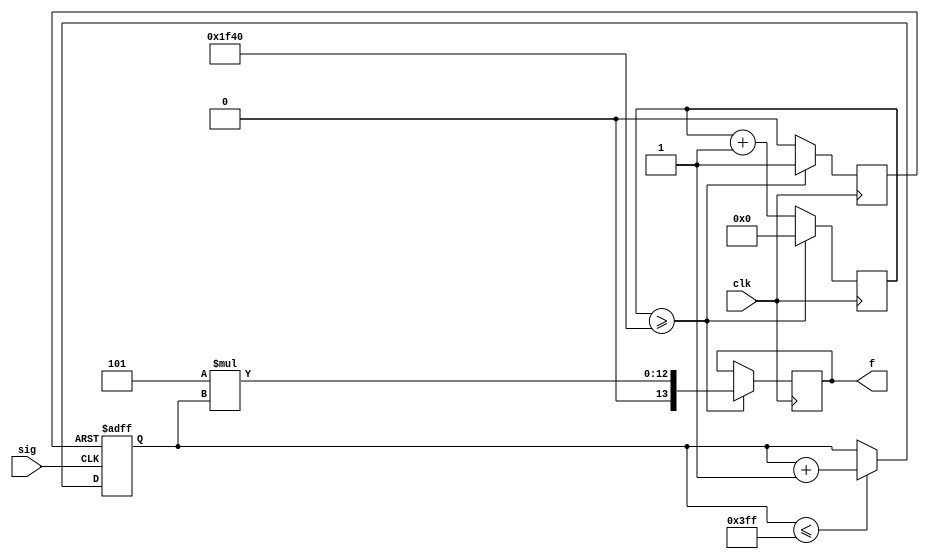
module fcounter(clk, sig, f);
/*
	This module implements a frequency counter.  It has the same module signature as counter.v, which implements a period counter with inversion to give the frequency counter.
	The frequency counter counts edges of the RF signal input in a register, and gates this counting with a fixed time period as measured by counting of clock edges.  The +- count error of this scheme is associated with the RF signal, as opposed to the clock, so when the RF signal is slower than the clock, the period counter will have a smaller error for the same measurement time (i.e. a longer measurement time would be needed with the frequency counter, so that the error is reduced by averaging, in order to achieve the same error from the period counter).

PARAMETER SELECTION:
F_rf = #cnts/time period +-1 / (time period)
 => error= +- 1/time period = 500 Hz = acceptable error
=> time period = 1/500 Hz = 0.002 s

With 4 MHz clock => 2E-3*4E6=8E3 clock posedges count in time period.

Ted Golfinopoulos, 25 Oct 2011
*/

`define CLK_COUNTER_SIZE 14 //Number of bits in clock edge counter.
`define SIG_COUNTER_SIZE 10 //Number of bits in signal edge counter.

input clk, sig;
output reg [13:0] f; //Allows frequency count up to 819.2 kHz.

reg [13:0] n_clk; //Counter for clock positive edges.
reg [9:0] n_sig; //Counter for signal positive edges.
reg reset; //Reset flag set every NUM_CNTS_AVG clock cycles to re-compute frequency and restart counters.

parameter F_CLK=40000; //Clock frequency in HUNDREDS OF Hz.
parameter ERR=5; //Allowable frequency measurement error, HUNDREDS OF Hz.
parameter NUM_CNTS_AVG=F_CLK/ERR; //Number of clock edge counts required such that averaging reduces +-1 count error to acceptable levels.
parameter F_SCALE=ERR; //Scale rf signal counter by this amount to give a frequency measurement in HUNDREDS OF Hz.
parameter N_SIG_MAX=`SIG_COUNTER_SIZE'b1111111111; //Maximum value sig edge counter can reach.

initial begin
	reset=1'b1; //Initialize reset signal counter flag low so that counting only starts when gate is actually opened.
	n_clk=`CLK_COUNTER_SIZE'b0; //Initialize clock counter.
	n_sig=`SIG_COUNTER_SIZE'b0; //Initialize signal counter.
end

always @(posedge clk) begin
	//As for period counter, but swap gate and registered count, n_sig and n_clk, so that now, n_clk is the gate.
	//n_sig is not counted when n_clk is between 0 and 1.
	//The gate is open between n_clk Edges 1 and (NUM_CNTS_AVG+1) (which is also Edge 0), corresponding to
	// NUM_CNTS_AVG clock intervals.
	//Then f=(n_sig+-1)/(tau_clk*NUM_CNTS_AVG) = (n_sig+-1)*f_clk/NUM_CNTS_AVG => error = +-1*f_clk/NUM_CNTS_AVG.

	if(n_clk>=NUM_CNTS_AVG) begin //Close frequency counter gate.  Subtract one from count because actually start counting signal edges at n_clk=1.
		f=F_SCALE*n_sig; //Compute frequency.
		reset = 1'b1; //Set flag to re-compute the frequency and restart the frequency counter.
		n_clk = 1'b0; //Restart clock positive edge counter.
	end else begin
		 //Keep reset flag low (turn off on next clock cycle).
		reset = 1'b0;
		n_clk=n_clk+`CLK_COUNTER_SIZE'b1; //Increment clock cycle counter.
	end
end

always @(posedge sig or posedge reset) begin
	if(reset==1) begin
		n_sig=`SIG_COUNTER_SIZE'b0; //Reset RF signal counter.
	end else if(n_sig<=N_SIG_MAX) begin //Handle overflow gracefully - stop counting when register is saturated.
		n_sig=n_sig+`SIG_COUNTER_SIZE'b1; //Increment frequency counter.
	end
end

endmodule